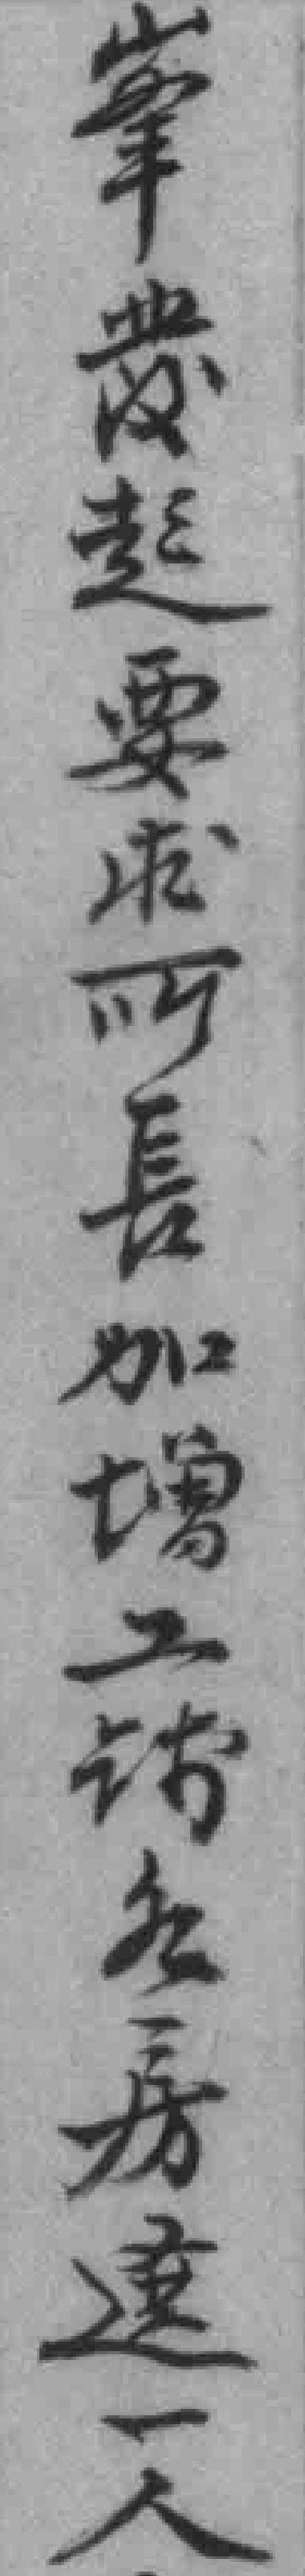
峯發起要求所長加增工钱各房選一人